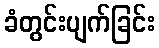
ခံတွင်းပျက်ခြင်း